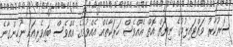
ސަރުކާރު ވައްޓައިލުމުގެ ނިޔަތް އޮތް އެއްވެސް ހަރަކާތެއް އެއްވުމުގެ އެއްވެސް ބައިވެރިއަކު ނުހިންގާނެ